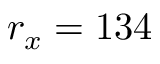
r _ { x } = 1 3 4